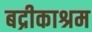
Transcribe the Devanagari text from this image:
बद्रीकाश्रम